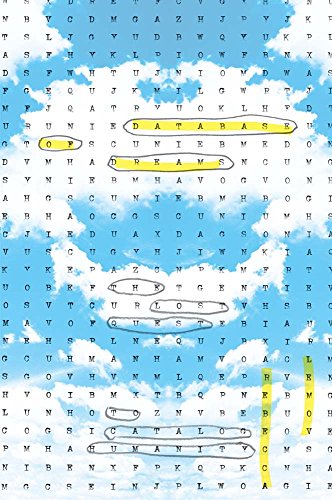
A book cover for Database of Dreams: The Lost Quest to Catalog Humanity; Rebecca Lemov; Medical Books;